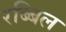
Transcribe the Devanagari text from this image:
रब्बिल